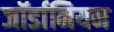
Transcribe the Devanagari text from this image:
जॉर्डानियन